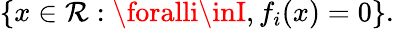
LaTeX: \{ x\in\mathcal{R}:\foralli\inI,f_{i}(x)=0\} .